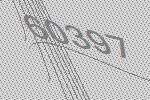
60397